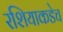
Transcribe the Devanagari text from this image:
रशियाकडेच